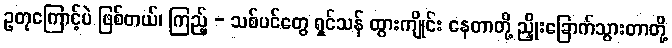
ဥတုကြောင့်ပဲ ဖြစ်တယ်၊ ကြည့် - သစ်ပင်တွေ ရှင်သန် ထွားကျိုင်း နေတာတို့ ညှိုးခြောက်သွားတာတို့